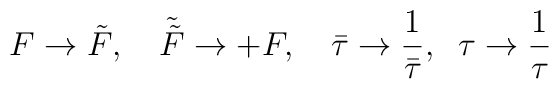
F\rightarrow {\tilde F},\quad {\tilde {\tilde F}} \rightarrow +F,\quad \bar{\tau}\rightarrow \frac{1}{\bar{\tau}},\;\;\tau\rightarrow \frac{1}{ \tau }